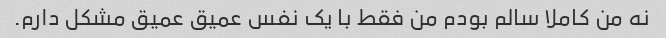
نه من کاملا سالم بودم من فقط با یک نفس عمیق عمیق مشکل دارم.